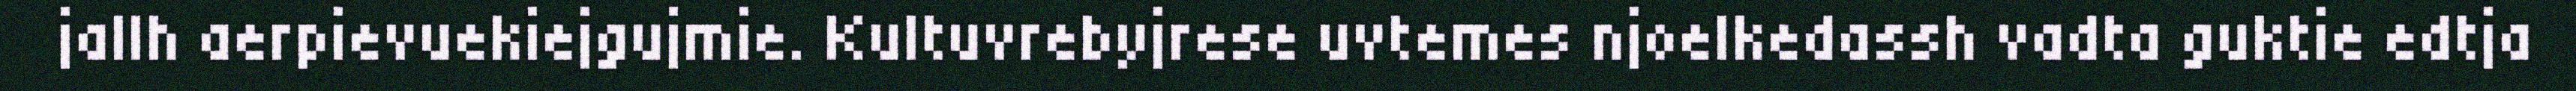
jallh aerpievuekiejgujmie. Kultuvrebyjrese uvtemes njoelkedassh vadta guktie edtja